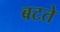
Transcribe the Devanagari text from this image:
बटते